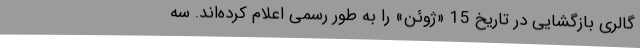
گالری بازگشایی در تاریخ 15 «ژوئن» را به طور رسمی اعلام کرده‌اند. سه